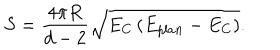
S = \frac { 4 \pi R } { d - 2 } \sqrt { E _ { C } \left( E _ { p l a n } - E _ { C } \right) } .